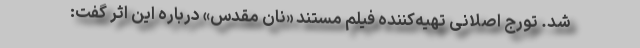
شد. تورج اصلانی تهیه‌کننده فیلم مستند «نان مقدس» درباره این اثر گفت: